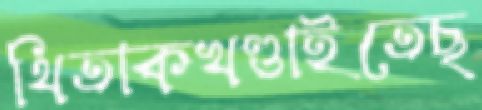
থিতাকখণ্ডাইতেছ